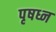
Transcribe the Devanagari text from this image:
पृषध्न